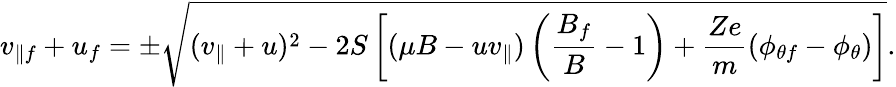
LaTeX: v_{\parallel f}+u_{f}=\pm\sqrt{(v_{\parallel}+u)^{2}-2S\left[(\mu B-uv_{\parallel})\left(\frac{B_{f}}{B}-1\right)+\frac{Ze}{m}(\phi_{\theta f}-\phi_{\theta})\right]}.